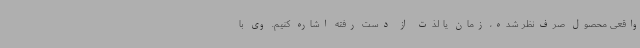
واقعی محصول صرف‌نظر شده، زمان یا لذت از دست رفته اشاره کنیم. وی با